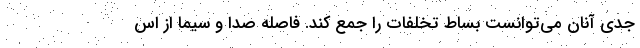
جدی آنان می‌توانست بساط تخلفات را جمع کند. فاصله صدا و سیما از اس